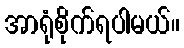
အာရုံစိုက်ရပါမယ်။